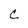
Character: C